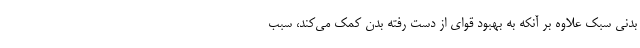
بدنی سبک علاوه بر آنکه به بهبود قوای از دست رفته بدن کمک می‌کند، سبب